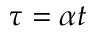
\tau = \alpha t